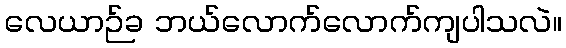
လေယာဉ်ခ ဘယ်လောက်လောက်ကျပါသလဲ။